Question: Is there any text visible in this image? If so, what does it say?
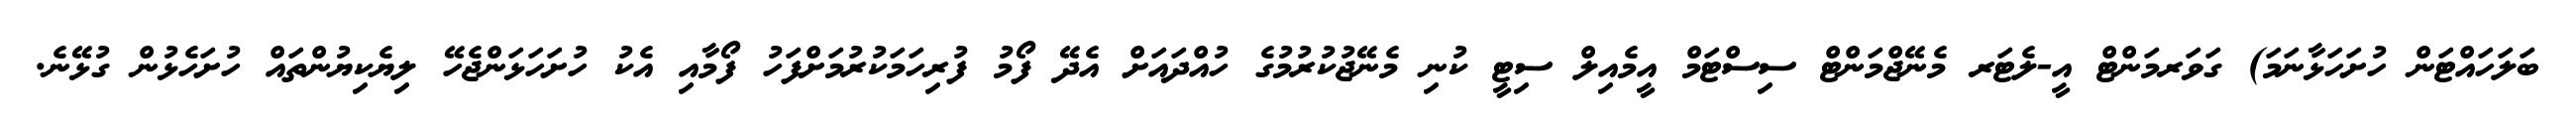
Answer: ބަލަހައްޓަން ހުށަހަޅާނަމަ) ގަވަރމަންޓް އީ-ލެޓަރ މެނޭޖްމަންޓް ސިސްޓަމް އީމެއިލް ސިޓީ ކުނި މެނޭޖުކުރުމުގެ ހުއްދައަށް އެދޭ ފޯމު ފުރިހަމަކުރުމަށްފަހު ފޯމާއި އެކު ހުށަހަޅަންޖެހޭ ލިޔެކިޔުންތައް ހުށަހެޅުން ގުޅޭނެ.